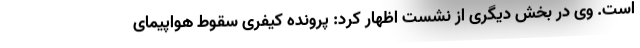
است. وی در بخش دیگری از نشست اظهار کرد: پرونده کیفری سقوط هواپیمای